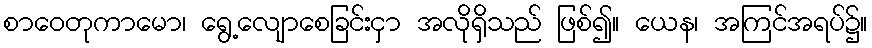
စာဝေတုကာမော၊ ရွေ့လျောစေခြင်းငှာ အလိုရှိသည် ဖြစ်၍။ ယေန၊ အကြင်အရပ်၌။